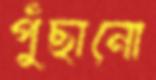
পুঁছানো